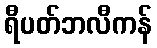
ရီပတ်ဘလီကန်